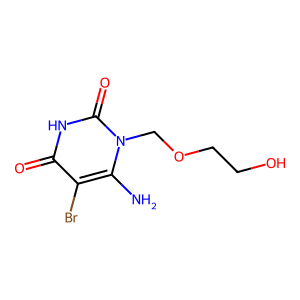
SMILES: Nc1c(Br)c(=O)[nH]c(=O)n1COCCO
Inhibits HIV replication: No